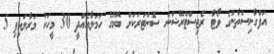
އަފްގާނިސްތާނުގެ ވޯޓާ ރެޖިސްޓްރޭޝަން ސެންޓަރަކަށް ބޮމުގެ ހަމަލާއެއްދީ 30 މީހަކު މަރާލައިފި 5